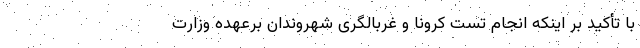
با تأکید بر اینکه انجام تست کرونا و غربالگری شهروندان برعهده وزارت